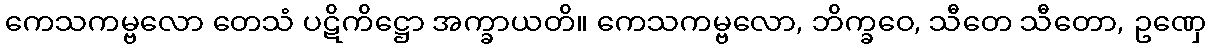
ကေသကမ္ဗလော တေသံ ပဋိကိဋ္ဌော အက္ခာယတိ။ ကေသကမ္ဗလော, ဘိက္ခဝေ, သီတေ သီတော, ဥဏှေ